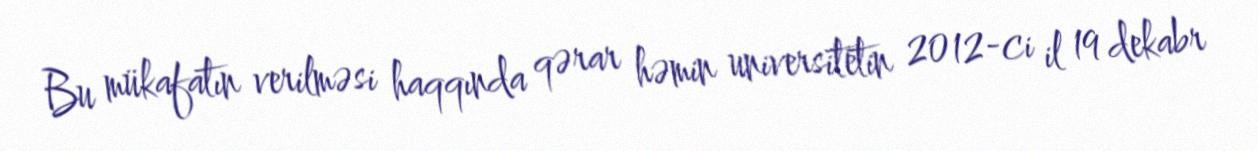
Bu mükafatın verilməsi haqqında qərar həmin universitetin 2012-ci il 19 dekabr